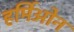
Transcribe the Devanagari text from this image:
हर्मिओन